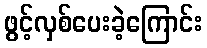
ဖွင့်လှစ်ပေးခဲ့ကြောင်း